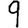
Digit: 9